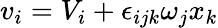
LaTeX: v_{i}=V_{i}+\epsilon_{ijk}\omega_{j}x_{k}